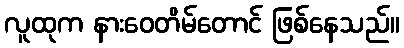
လူထုက နားဝေတိမ်တောင် ဖြစ်နေသည်။